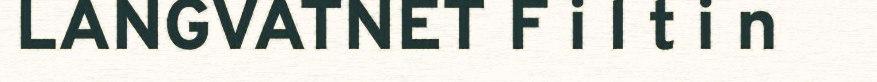
LANGVATNET F i l t i n